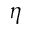
\eta